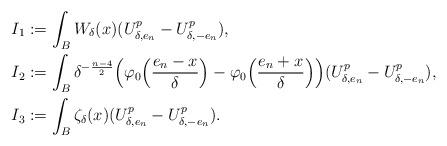
\begin{align*}I_1&:=\int_{B} W_{\delta}(x)(U_{\delta,e_n}^p-U_{\delta,-e_n}^p),\\I_2&:= \int_{B} \delta^{-\frac{n-4}{2}}\Big(\varphi_0\Big(\frac{e_n-x}{\delta}\Big)-\varphi_0\Big(\frac{e_n+x}{\delta}\Big)\Big)(U_{\delta,e_n}^p-U_{\delta,-e_n}^p),\\I_3&:=\int_{B} \zeta_\delta(x)(U_{\delta,e_n}^p-U_{\delta,-e_n}^p).\end{align*}